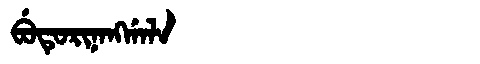
Manchu: ᠪᡠᡨᡠᡵᡳᠨᠠᠩᡤᠠᠯᠠ
Romanization: BUTURINANGGALA